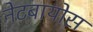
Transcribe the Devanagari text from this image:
नेटबायोस